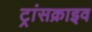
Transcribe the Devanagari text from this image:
ट्रांसक्राइव